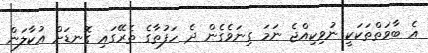
އެ ބާވަތްތަކަކީ ނުވިކިއްޖެ ނަމަ ގިނަވެގެން ދެ ހަފުތާގެ ތެރޭގައި ގޮނޑަށް އުކާލަން